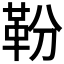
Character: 𩉵